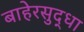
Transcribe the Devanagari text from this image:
बाहेरसुद्धा